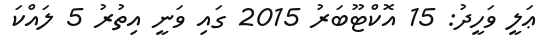
ޢަލީ ވަހީދު: 15 އޮކްޓޫބަރު 2015 ގައި ވަނީ އިތުރު 5 ލައްކަ